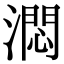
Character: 㵍